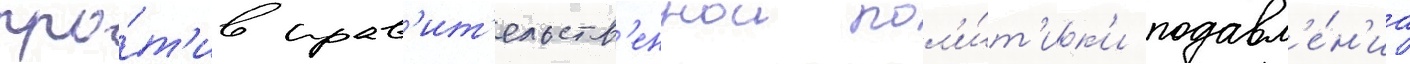
про́т'ив прав'ит'ельств'еннои пол'и́т'ик'и подавл'е́н'иа